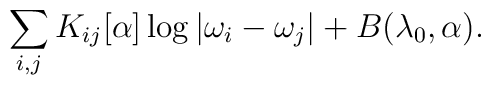
\sum_{i,j} K_{ij}[\alpha] \log|\omega_i-\omega_j| + B(\lambda_0,\alpha).